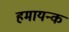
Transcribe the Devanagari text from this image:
हमायन्क